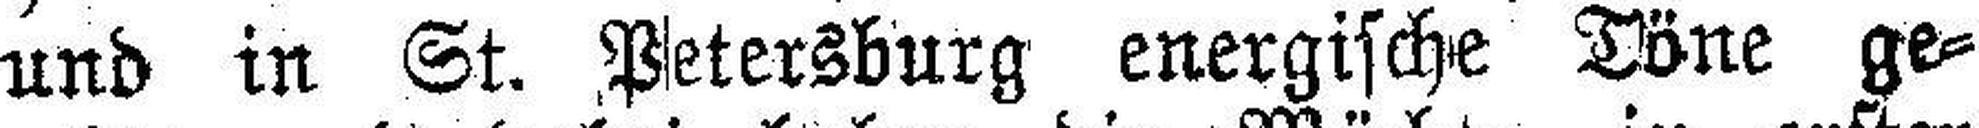
und in St. Petersburg energische Döne ge¬